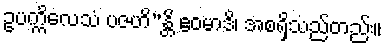
ဥပက္ကိလေသံ ပဇဟိ”န္တိ ဧဝမာဒိ၊ အစရှိသည်တည်း။